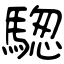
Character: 騘